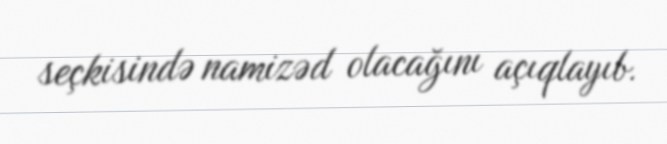
seçkisində namizəd olacağını açıqlayıb.